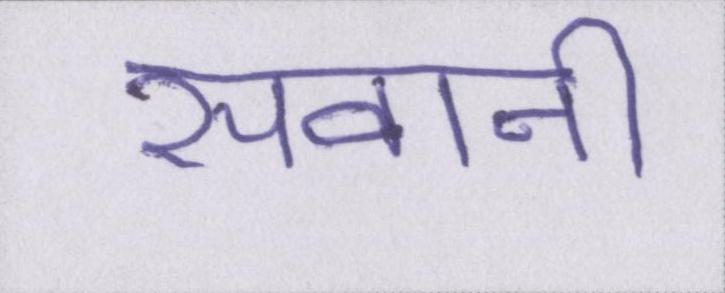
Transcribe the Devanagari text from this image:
सवानी